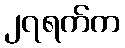
၂၇ရက်က